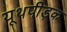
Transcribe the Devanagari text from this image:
यूथपीड़क